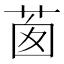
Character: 𦯎